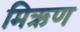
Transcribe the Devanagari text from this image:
मिऋण